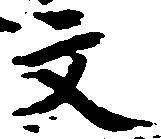
文